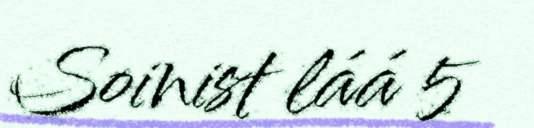
Soinist láá 5